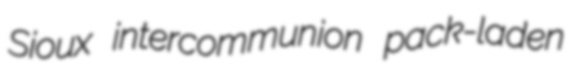
Sioux intercommunion pack-laden